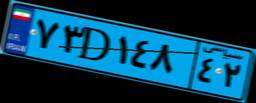
۷۳D۱۴۸۴۲